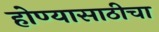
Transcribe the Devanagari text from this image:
होण्यासाठीचा